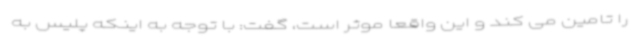
را تامین می کند و این واقعا موثر است، گفت: با توجه به اینکه پلیس به